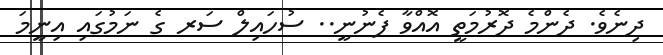
ދިނެވެ. ދެންމެ ދޮރުމަތީ އޮއްވާ ފެނުނީ.. ސުހައިލް ސަރ ގެ ނަމުގައި އިނީމަ